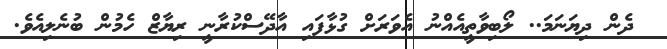
ދެން ދިޔަނަމަ.. ލޯބިވާތީއެއްނު އެވަރަށް ގުޅާފައި އާދޭސްކުރާނީ ރިޔާޒް ހެމުން ބުނެލިއެވެ.